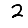
Digit: 2